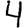
Digit: 4